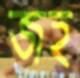
জহ